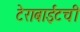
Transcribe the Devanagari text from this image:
टेराबाईटची